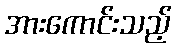
အားကောင်းသည့်